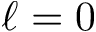
\ell = 0